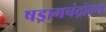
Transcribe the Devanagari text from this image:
षड्रागचंद्रोदय